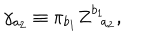
\gamma _ { a _ { 2 } } \equiv \pi _ { b _ { 1 } } Z _ { \; \; a _ { 2 } } ^ { b _ { 1 } } ,